Plague in India, 1896, 1897 - Volume 1
Year: 1896
Disease focus: Plague
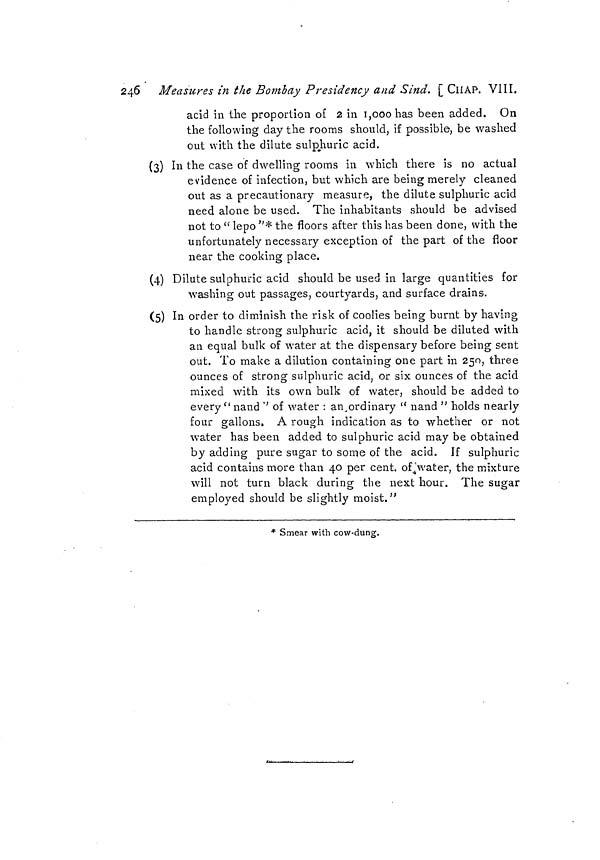
246 Measures in the Bombay Presidency and Sind. [ CHAP. VIII.
acid in the proportion of 2 in 1,000 has been added. On
the following day the rooms should, if possible, be washed
out with the dilute sulphuric acid.
(3) In the case of dwelling rooms in which there is no actual
evidence of infection, but which are being merely cleaned
out as a precautionary measure, the dilute sulphuric acid
need alone be used. The inhabitants should be advised
not to " lepo "* the floors after this has been done, with the
unfortunately necessary exception of the part of the floor
near the cooking place.
(4) Dilute sulphuric acid should be used in large quantities for
washing out passages, courtyards, and surface drains.
(5) In order to diminish the risk of coolies being burnt by having
to handle strong sulphuric acid, it should be diluted with
an equal bulk of water at the dispensary before being sent
out. To make a dilution containing one part in 250, three
ounces of strong sulphuric acid, or six ounces of the acid
mixed with its own bulk of water, should be added to
every " nand '' of water : an ordinary " nand " holds nearly
four gallons. A rough indication as to whether or not
water has been added to sulphuric acid may be obtained
by adding pure sugar to some of the acid. If sulphuric
acid contains more than 40 per cent. of water, the mixture
will not turn black during the next hour. The sugar
employed should be slightly moist."
* Smear with cow-dung.